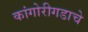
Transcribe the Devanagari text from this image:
कांगोरीगडाचे